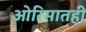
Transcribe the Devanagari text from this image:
ओरिसातही